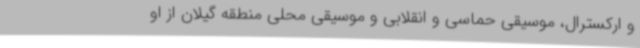
و ارکسترال، موسیقی حماسی و انقلابی و موسیقی محلی منطقه گیلان از او